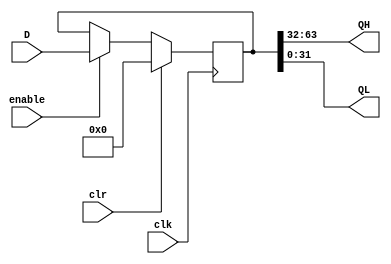
module Register64bit(clk, clr, enable, D, QH, QL);

	input [63:0] D;
	input clk, clr, enable;
	reg [63:0] ra;
	
	output [31:0] QH, QL;
	
	always @(posedge clk) begin
		if(clr)
			ra <= 64'b0;
		else if(enable)
			ra <= D;
	end		
	assign QH = ra[63:32];
	assign QL = ra[31:0];
	
endmodule